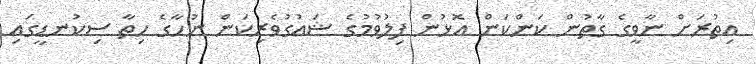
އިތުރަށް ނާވީގެ ގާތުން ކަންކަން އޮޅުން ފިލުވުމުގެ ޝައުގުވެރިކަން ނުހާގެ ހިތާ ސިކުނޑީގައި